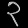
Digit: ၃